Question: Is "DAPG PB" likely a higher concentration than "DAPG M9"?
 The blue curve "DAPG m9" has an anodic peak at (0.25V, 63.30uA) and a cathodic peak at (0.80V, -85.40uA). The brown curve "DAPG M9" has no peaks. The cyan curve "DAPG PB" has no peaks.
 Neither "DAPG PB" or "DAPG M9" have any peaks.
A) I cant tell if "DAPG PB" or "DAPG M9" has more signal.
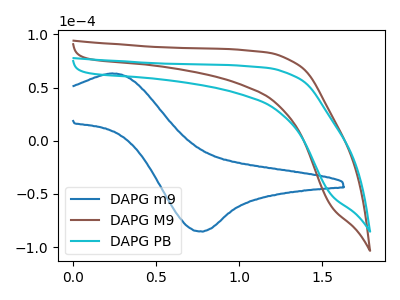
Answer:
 <answer>A) I cant tell if "DAPG PB" or "DAPG M9" has more signal.</answer>
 <eval>A</eval>